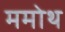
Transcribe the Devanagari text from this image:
ममोथ